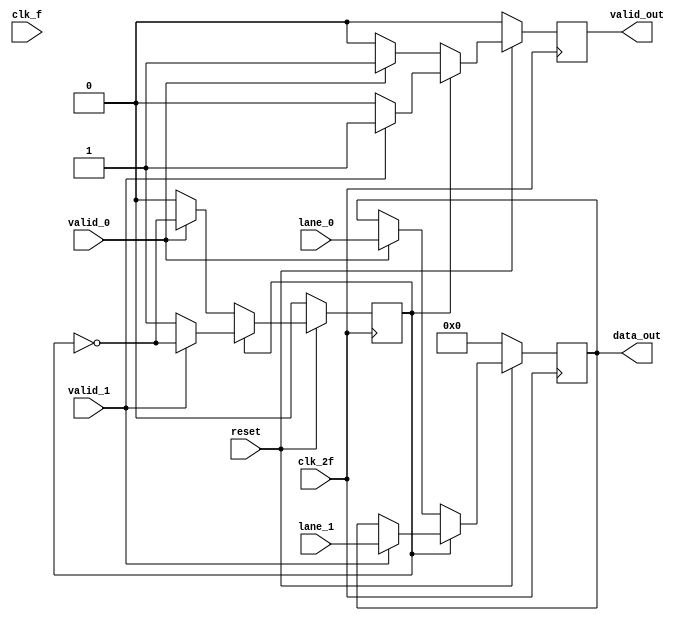
module unstriping (
	input clk_f,
	input clk_2f,
	input reset,
	input [7:0] lane_0,
	input  valid_0,
	input [7:0] lane_1,
	input valid_1,
	output reg [7:0] data_out,
	output reg valid_out);

	reg contador, selector;
	always @(posedge clk_2f) begin
		if (!reset) begin
			data_out <= 0;
			contador <= 0;
			selector <= 0;
			valid_out <= 0;
		end
		else begin
			if (!selector) begin
				if (valid_0) begin
					data_out = lane_0;
					selector = ~selector;
					valid_out = 1;
				end
				else begin
					valid_out = 0;
				end
			end
			else begin
				if (valid_1) begin
					data_out = lane_1;
					selector = ~selector;
					valid_out = 1;
				end
				else begin
					valid_out = 0;
				end

			end
		end
	end

endmodule